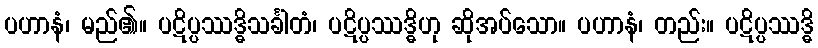
ပဟာနံ၊ မည်၏။ ပဋိပ္ပဿဒ္ဓိသင်္ခါတံ၊ ပဋိပ္ပဿဒ္ဓိဟု ဆိုအပ်သော။ ပဟာနံ၊ တည်း။ ပဋိပ္ပဿဒ္ဓိ